Medical and sanitary report of the native army of Madras for the year
Year: 1878
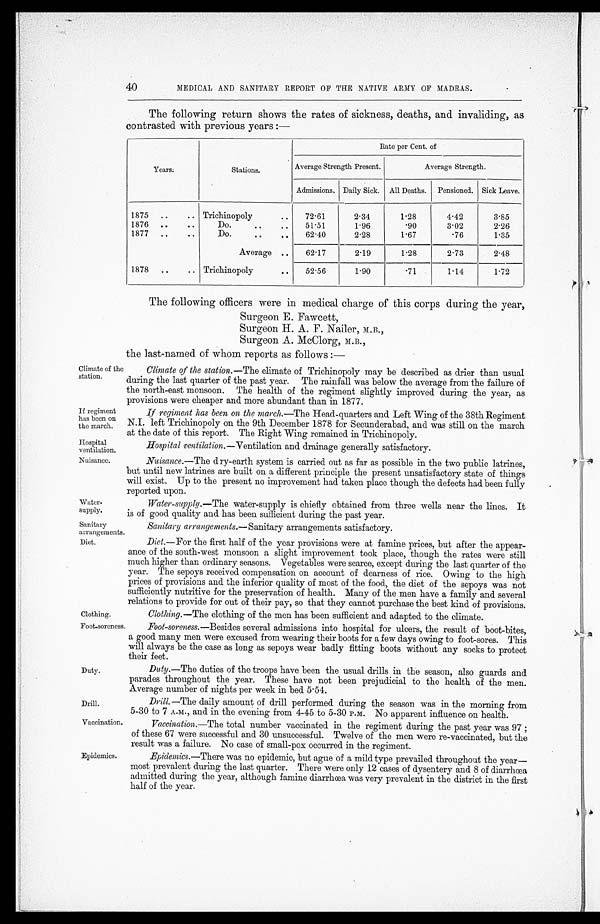
If regiment
has been on
the march.
Hospital
ventilation.
Nuisance.
Clothinrr.
Foot-soreness
Drill.
Vaccination
40
MEDICAL AND SANITARY REPORT OP THE NATIVE ARMY OF MADRAS.
The following return shows the rates of sickness, deaths, and invaliding, as
contrasted with previous years :—
Years.
Stations.
Rate per Cent. of
Average Strength Present.
Average Strength.
Admissions. Daily Sick. All Deaths. Pensioned. Sick Leave.
1875 ..
..
T r i c h i n o p o l y
. .
72.61
2.34
1.28
4.42
3.85
1876 ..
..
Do.
..
. .
51.51
1.96
9 0
3.02
2.26
1877 ..
..
Do.
..
. .
62.40
2.28
1.67
7 6
1.35
Average ..
62.17
2.19
1.28
2.73
2.48
1878 ..
..
T r i c h i n o p o l y
. .
52.56
1.90
.71
1.14
1.72
The following officers were in medical charge of this corps during the year,
Surgeon E. Fawcett,
Surgeon H. A. F. Nailer, M.B.,
Surgeon A. McClorg, M.B.,
the last-named of whom reports as follows :—
Climate of the
station.
Water-
supply.
Climate of the station. —The climate of Trichinopoly may be described as drier than usual
during the last quarter of the past year. The rainfall was below the average from the failure of
the north- east monsoon. The health of the regiment slightly improved during the year, as
provisions were cheaper and more abundant than in 1877.
If regiment has been on the march. —The Head-quarters and Left Wing of the 38th Regiment
N.I. left Trichinopoly on the 9th December 1878 for Secunderabad, and was still on the march
at the date of this report. The Right Wing remained in Trichinopoly.
Hospital ventilation. —Ventilation and drainage generally satisfactory.
Nuisance.—The dry-earth system is carried out as far as possible in the two public latrines,
but until new latrines are built on a different principle the present unsatisfactory state of things
will exist. Up to the present no improvement had taken place though the defects had been fully
reported upon.
Water-supply.—The water-supply is chiefly obtained from three wells near the lines. It
is of good quality and has been sufficient during the past year.
Sanitary
arrangements.
Diet.
Duty.
Epidemics.
Sanitary arrangements.—Sanitary arrangements satisfactory.
Diet.—For the first half of the year provisions were at famine prices, but after the appear -
ance of the south-west monsoon a slight improvement took place, though the rates were still
much higher than ordinary seasons. Vegetables were scarce, except during the last quarter of the
year. The sepoys received compensation on account of dearness of rice. Owing to the high
prices of provisions and the inferior quality of most of the food, the diet of the sepoys was not
sufficiently nutritive for the preservation of health. Many of the men have a family and several
relations to provide for out of their pay, so that they cannot purchase the best kind of provisions.
Clothing. —The clothing of the men has been sufficient and adapted to the climate.
Foot-soreness. —Besides several admissions into hospital for ulcers, the result of boot-bites,
a good many men were excused from wearing their boots for a few days owing to foot-sores. This
will always be the case as long as sepoys wear badly fitting boots without any socks to protect
their feet
Duty.—The duties of the troops have been the usual drills in the season, also guards and.
parades throughout the year. These have not been prejudicial to the health of the men.
Average number of nights per week in bed 5.54.
Drill. —The daily amount of drill performed during the season was in the morning from
5-30 to 7 A.M., and in the evening from 4-45 to 5-30 P.M. No apparent influence on health.
Vaccination.—The total number vaccinated in the regiment during the past year was 97 ;
of these 67 were successful and 30 unsuccessful. Twelve of the men were re-vaccinated, but the
result was a failure. No case of small-pox occurred in the regiment.
Epidemics .—There was no epidemic, but ague of a mild type prevailed throughout the year—
most prevalent during the last quarter. There were only 12 cases of dysentery and 8 of diarrhœa
admitted during the year, although famine diarrhœa was very prevalent in the district in the first
half of the year.